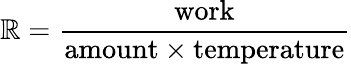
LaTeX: \mathbb{R}={\frac{{\mathrm{{work}}}}{{\mathrm{{amount}}\times\mathrm{{temperature}}}}}